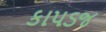
કાપડજ